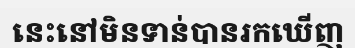
នេះនៅមិនទាន់បានរកឃើញ